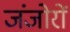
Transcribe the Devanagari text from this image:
जंजोरों